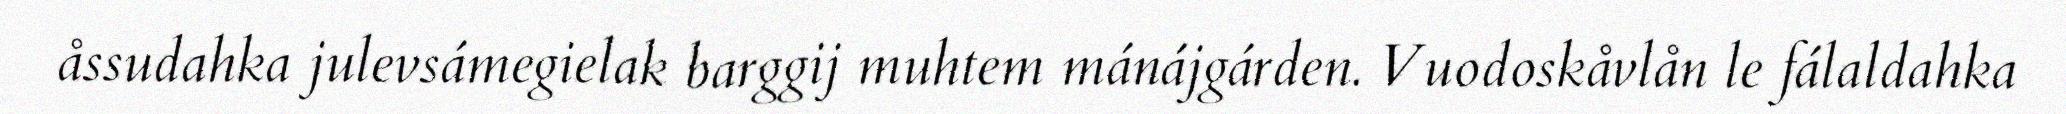
åssudahka julevsámegielak barggij muhtem mánájgárden. Vuodoskåvlån le fálaldahka